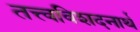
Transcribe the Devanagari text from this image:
तत्त्वविशदनार्थ